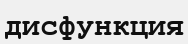
дисфункция